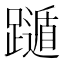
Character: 𨆛